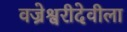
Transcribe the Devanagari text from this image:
वज्रेश्वरीदेवीला